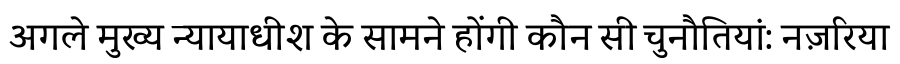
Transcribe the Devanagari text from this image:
अगले मुख्य न्यायाधीश के सामने होंगी कौन सी चुनौतियां: नज़रिया